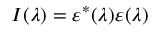
I ( \lambda ) = \varepsilon ^ { * } ( \lambda ) \varepsilon ( \lambda )